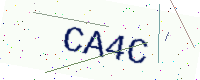
Text: CA4C